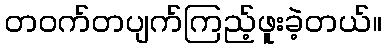
တဝက်တပျက်ကြည့်ဖူးခဲ့တယ်။